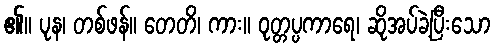
၏။ ပုန၊ တစ်ဖန်။ တေတိ၊ ကား။ ဝုတ္တပ္ပကာရေ၊ ဆိုအပ်ခဲ့ပြီးသော